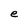
Character: e